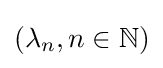
(\lambda _{n},n\in \mathbb {N} )